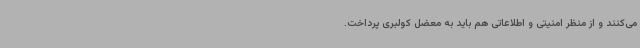
می‌کنند و از منظر امنیتی و اطلاعاتی هم باید به معضل کولبری پرداخت.